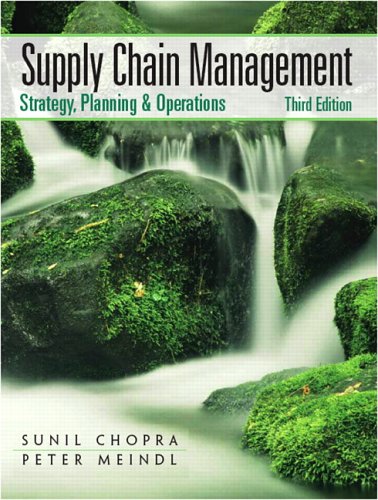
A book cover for Supply Chain Management (3rd Edition); Sunil Chopra; Business & Money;